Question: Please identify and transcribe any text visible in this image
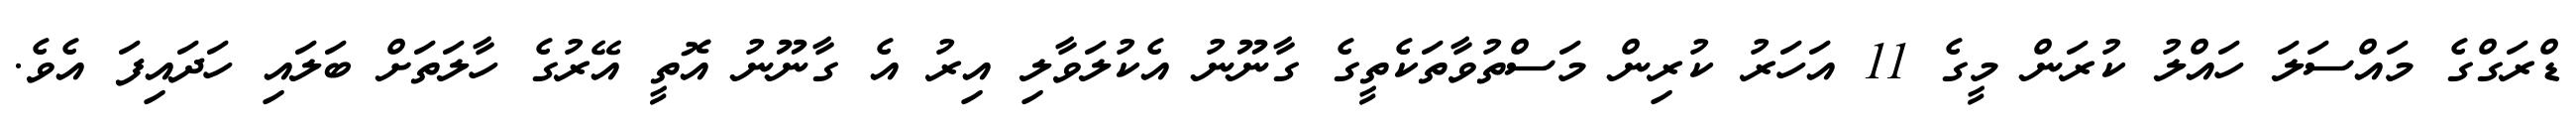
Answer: ޑްރަގްގެ މައްސަލަ ހައްލު ކުރަން މީގެ 11 އަހަރު ކުރިން މަސްތުވާތަކެތީގެ ގާނޫނު އެކުލަވާލި އިރު އެ ގާނޫނު އޮތީ އޭރުގެ ހާލަތަށް ބަލައި ހަދައިފަ އެވެ.